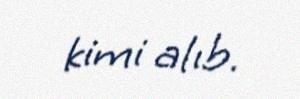
kimi alıb.